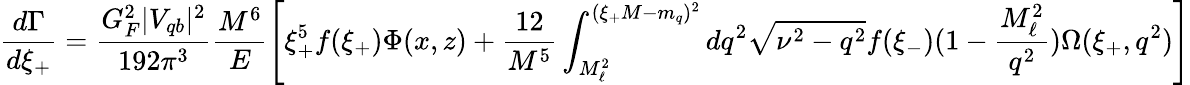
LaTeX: \frac{d\Gamma}{d\xi_{+}}=\frac{G_{F}^{2}|V_{qb}|^{2}}{192\pi^{3}}\frac{M^{6}}{E}\Bigg[\xi_{+}^{5}f(\xi_{+})\Phi(x,z)+\frac{12}{M^{5}}\int_{M_{\ell}^{2}}^{(\xi_{+}M-m_{q})^{2}}dq^{2}\sqrt{\nu^{2}-q^{2}}f(\xi_{-})(1-\frac{M_{\ell}^{2}}{q^{2}})\Omega(\xi_{+},q^{2})\Bigg]